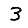
Digit: 3